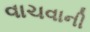
વાચવાની